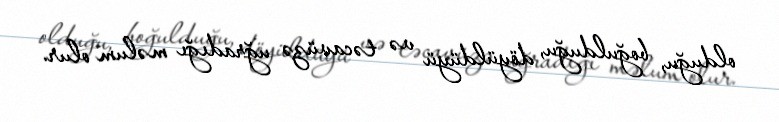
olduğu, boğulduğu, döyüldüyü və təcavüzə uğradığı məlum olur.